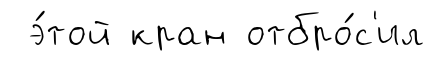
э́той кран отбро́с'ил